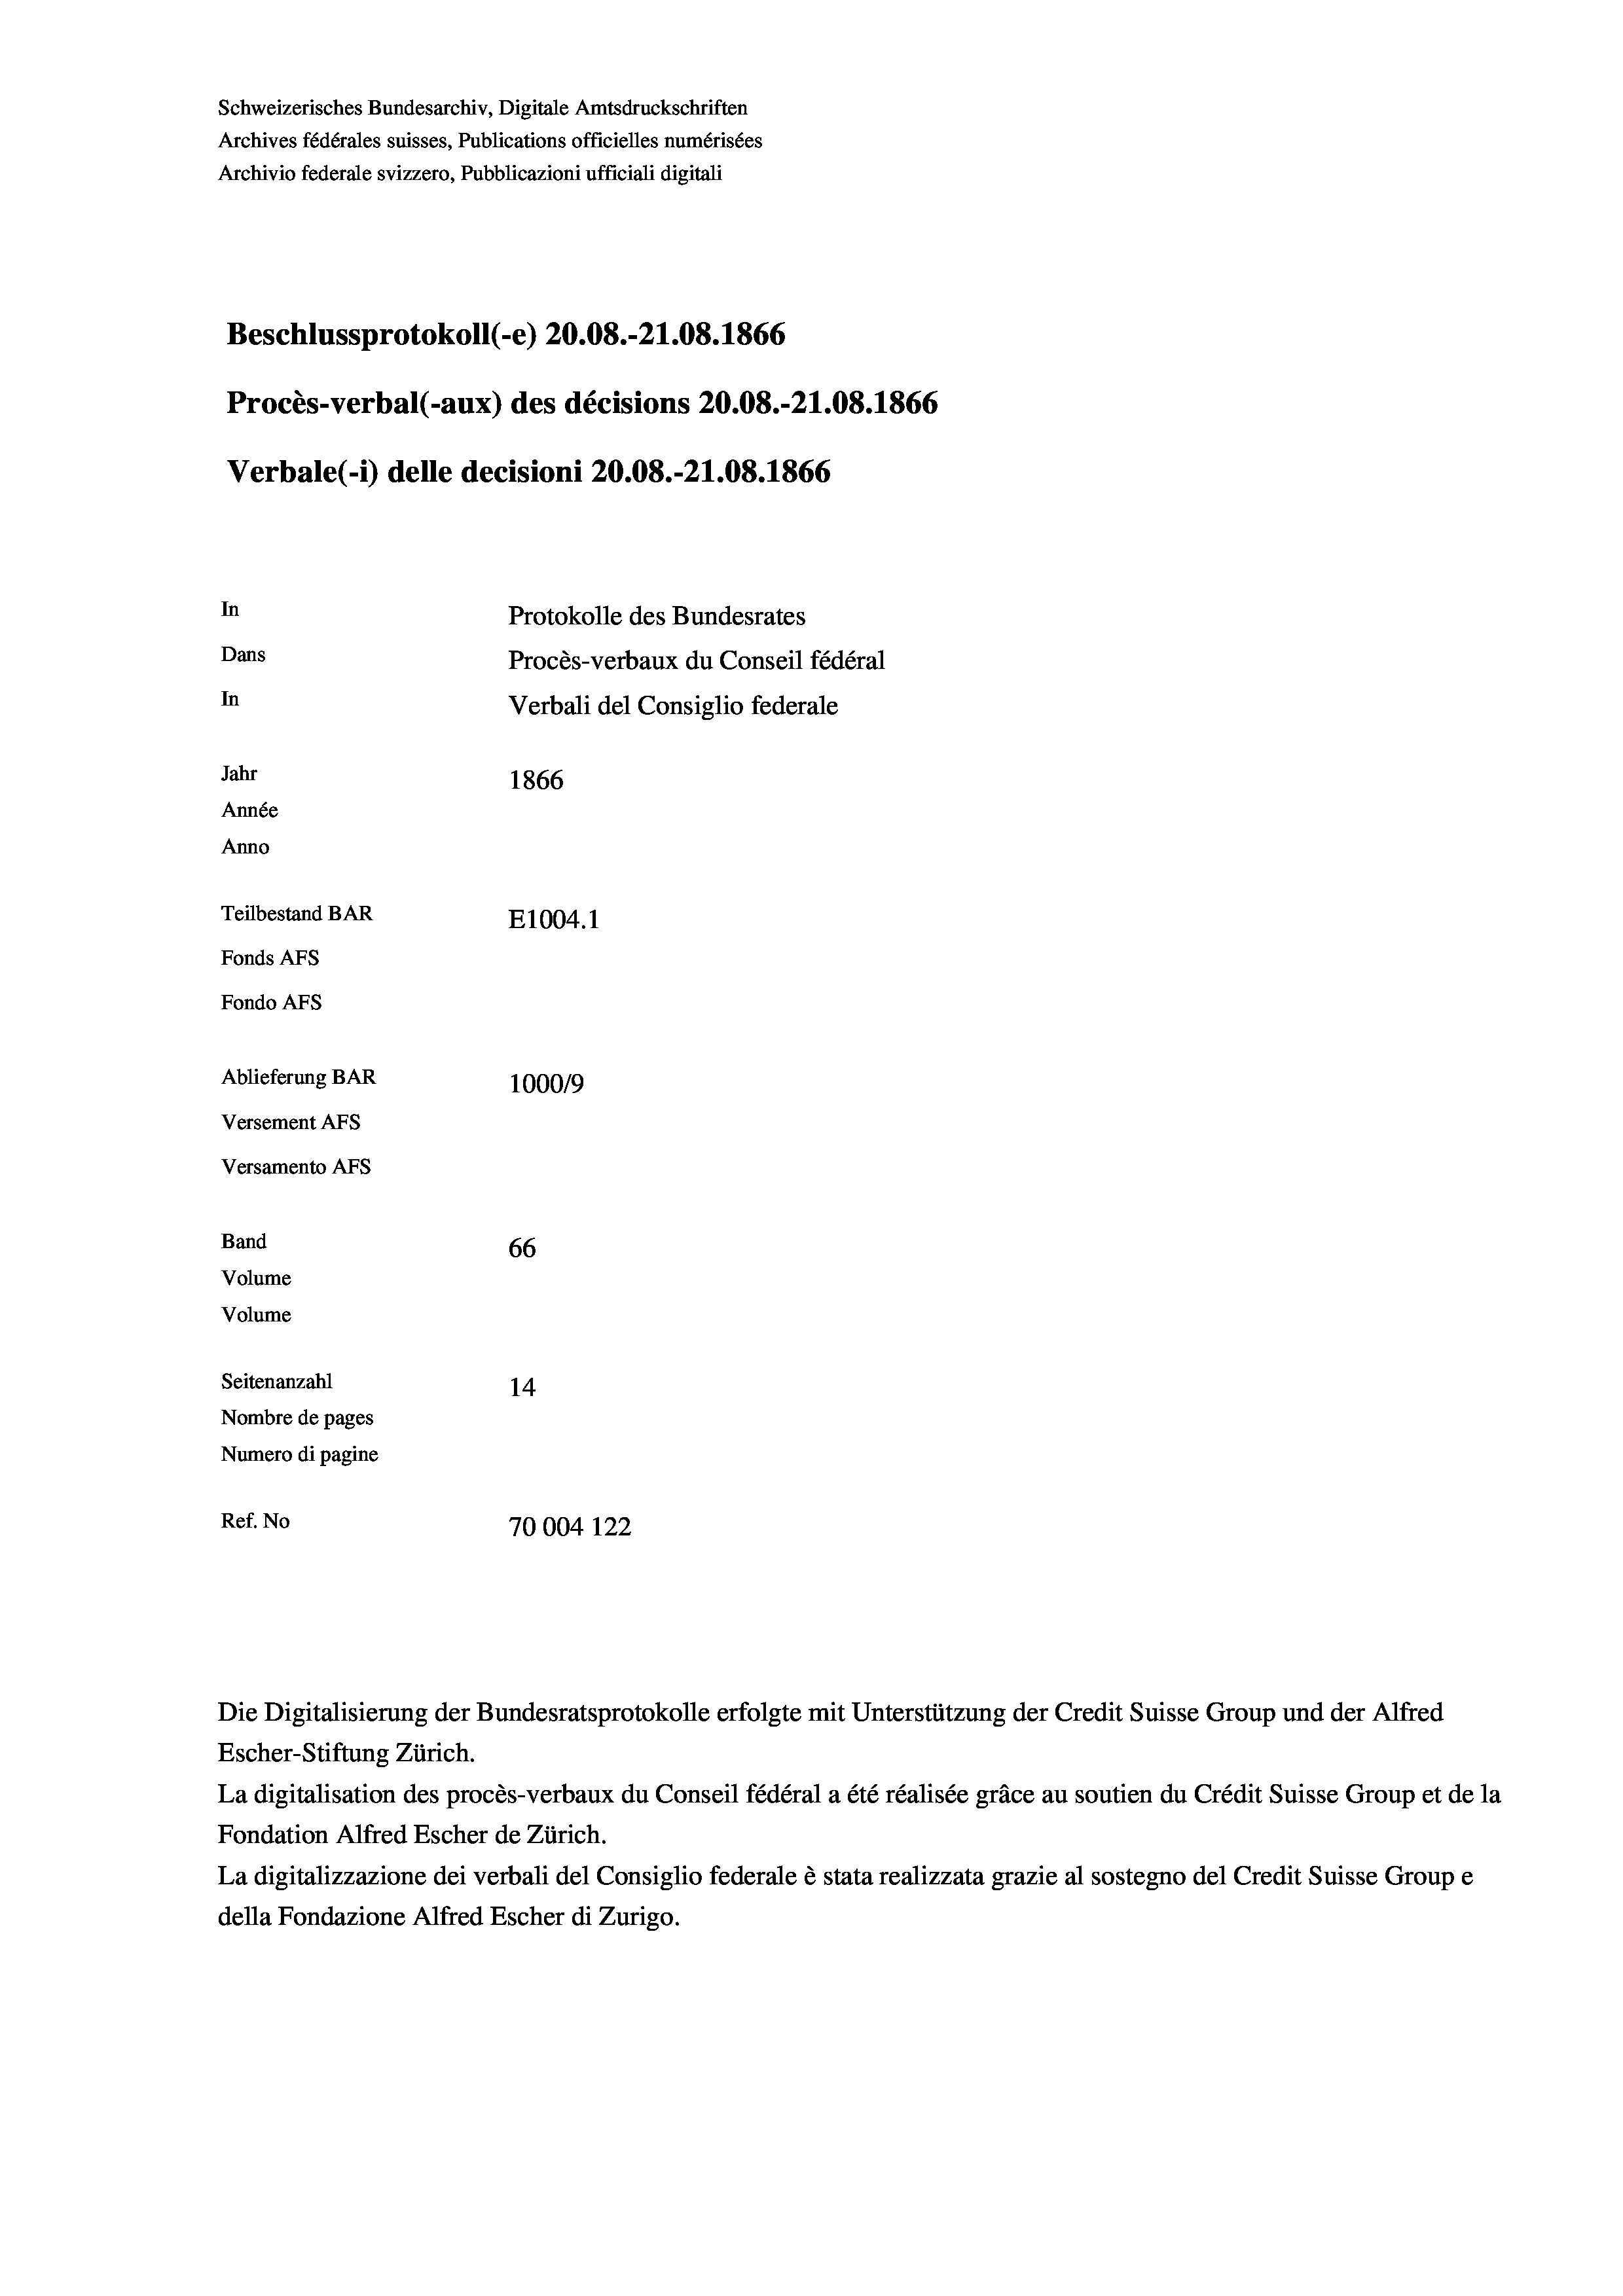
Schweizerisches Bundesarchiv, Digitale Amtsdruckschriften
Archives fédérales suisses, Publications officielles numérisées
Archivio federale svizzero, Pubblicazioni ufficiali digitali
Beschlussprotokoll (-e) 20.08.-21.08. 1866
Procès-verbal (-aux) des décisions 20.08.-21.08. 1866
Verbale (i) delle decisioni 20.08.-21.08. 1866
In
Protokolle des Bundesrates
Dans
Procès-verbaux du Conseil fédéral
In
Verbali del Consiglio federale
Jahr
1866
Année
Anno
Teilbestand BAR
E1004.1
Fonds AFs
Fondo Afs
Ablieferung BAR
100019
Versement AFs
Versamento AFs
Band
66
Volume
Volume
Seitenanzahl
14
Nombre de pages
Numero di pagine
Ref. No
70004 122

Escher-Stiftung Zürich.
La digitalisation des procès-verbaux du Conseil fédéral a été réalisée gräce au soutien du Crédit Suisse Group et de la
Fondation Alfred Escher de Zürich.
La digitalizzazione dei verbali del Consiglio federale è stata realizzata grazie al sostegno del Credit Suisse Groupe
della Fondazione Alfred Escher di Zurigo.

Die Digitalisierung der Bundesratsprotokolle erfolgte mit Unterstützung der Credit Suisse Group und der Alfred